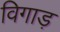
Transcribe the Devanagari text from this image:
विगाड़